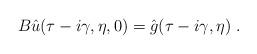
LaTeX: \begin{align*} B\hat{u}(\tau-i\gamma,\eta,0) = \hat{g}(\tau-i\gamma,\eta)\;. \end{align*}